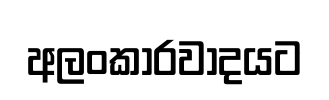
අලංකාරවාදයට